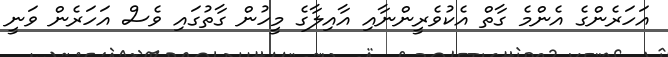
އަހަރެންގެ އެންމެ ގާތް އެކުވެރީންނާއި އާއިލާގެ މީހުން ގާތުގައި ވެސް އަހަރެން ވަނީ